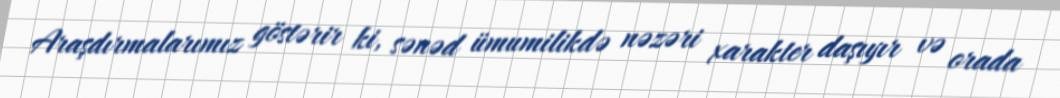
Araşdırmalarımız göstərir ki, sənəd ümumilikdə nəzəri xarakter daşıyır və orada